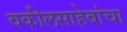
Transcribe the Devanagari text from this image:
वकीलसाहेबांचा